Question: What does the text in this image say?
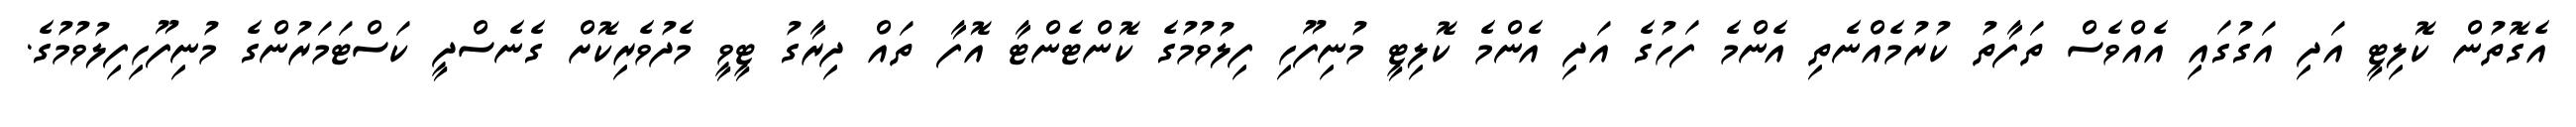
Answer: އެގޮތުން ކޮލިޓީ އަދި އަގުގައި އެއްވެސް ތަފާތު ކުރުމެއްނެތި އެންމެ ފަހުގެ އަދި އެންމެ ކޮލިޓީ މުނިފޫހި ފިލުވުމުގެ ކޮންޓެންޓާ އޮފާ ތައް ދިރާގު ޓީވީ މެދުވެރިކޮށް ގެނެސްދީ ކަސްޓަމަރުންގެ މުނިފޫހިފިލުވުމުގެ.